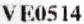
VE0514